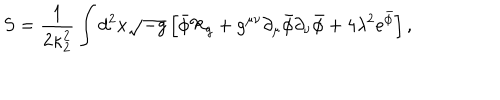
S = { \frac { 1 } { 2 \kappa _ { 2 } ^ { 2 } } } \int d ^ { 2 } x \sqrt { - g } \left[ \bar { \phi } { \cal R } _ { g } + g ^ { \mu \nu } \partial _ { \mu } \bar { \phi } \partial _ { \nu } \bar { \phi } + 4 \lambda ^ { 2 } e ^ { \bar { \phi } } \right] ,